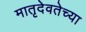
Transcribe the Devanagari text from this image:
मातृदेवतेच्या